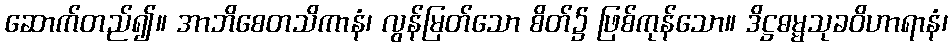
ဆောက်တည်၍။ အာဘိစေတသိကာနံ၊ လွန်မြတ်သော စိတ်၌ ဖြစ်ကုန်သော။ ဒိဋ္ဌဓမ္မသုခဝိဟာရာနံ၊